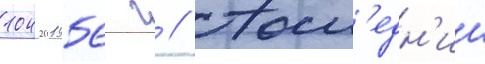
104201956 г // Посл'едн'ии